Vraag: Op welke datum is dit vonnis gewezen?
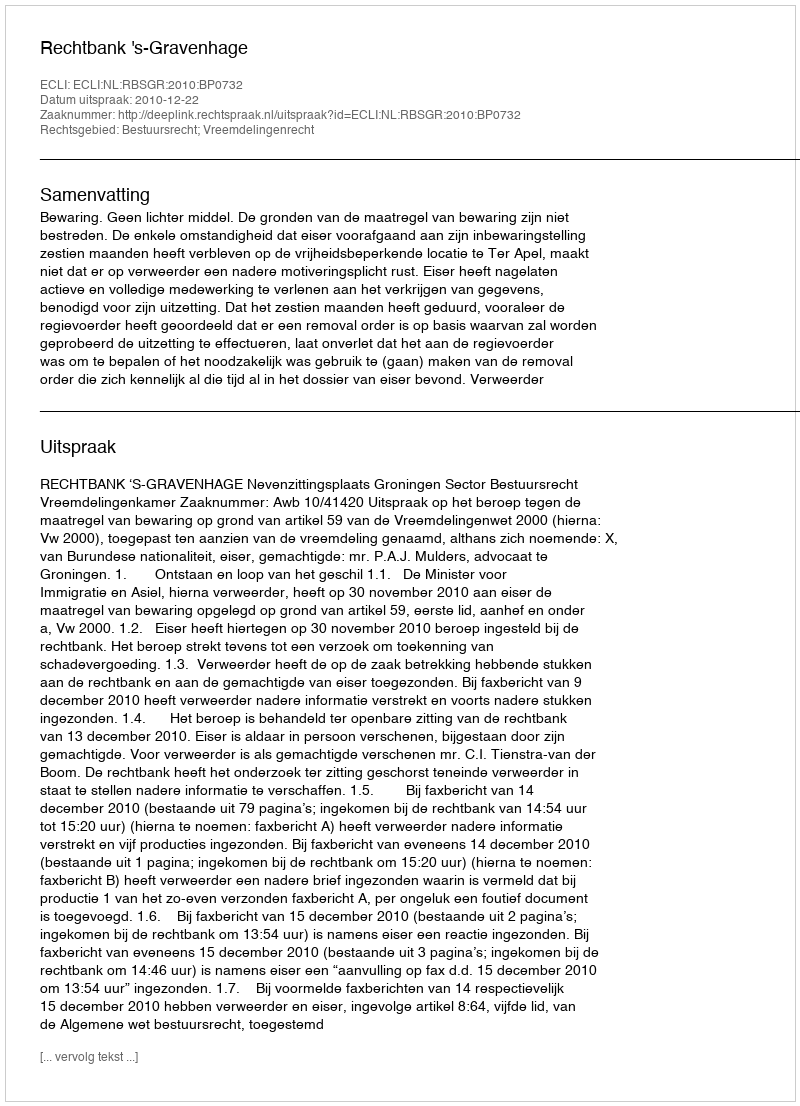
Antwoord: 2010-12-22